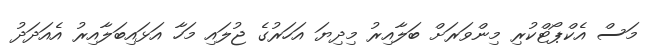
މަސް އެކްޕޯޓްކުރި މިންވަރަށް ބަލާއިރު މިދިޔަ އަހަރުގެ ޖުލައި މަހާ އަޅައިބަލާއިރު އެއަދަދު